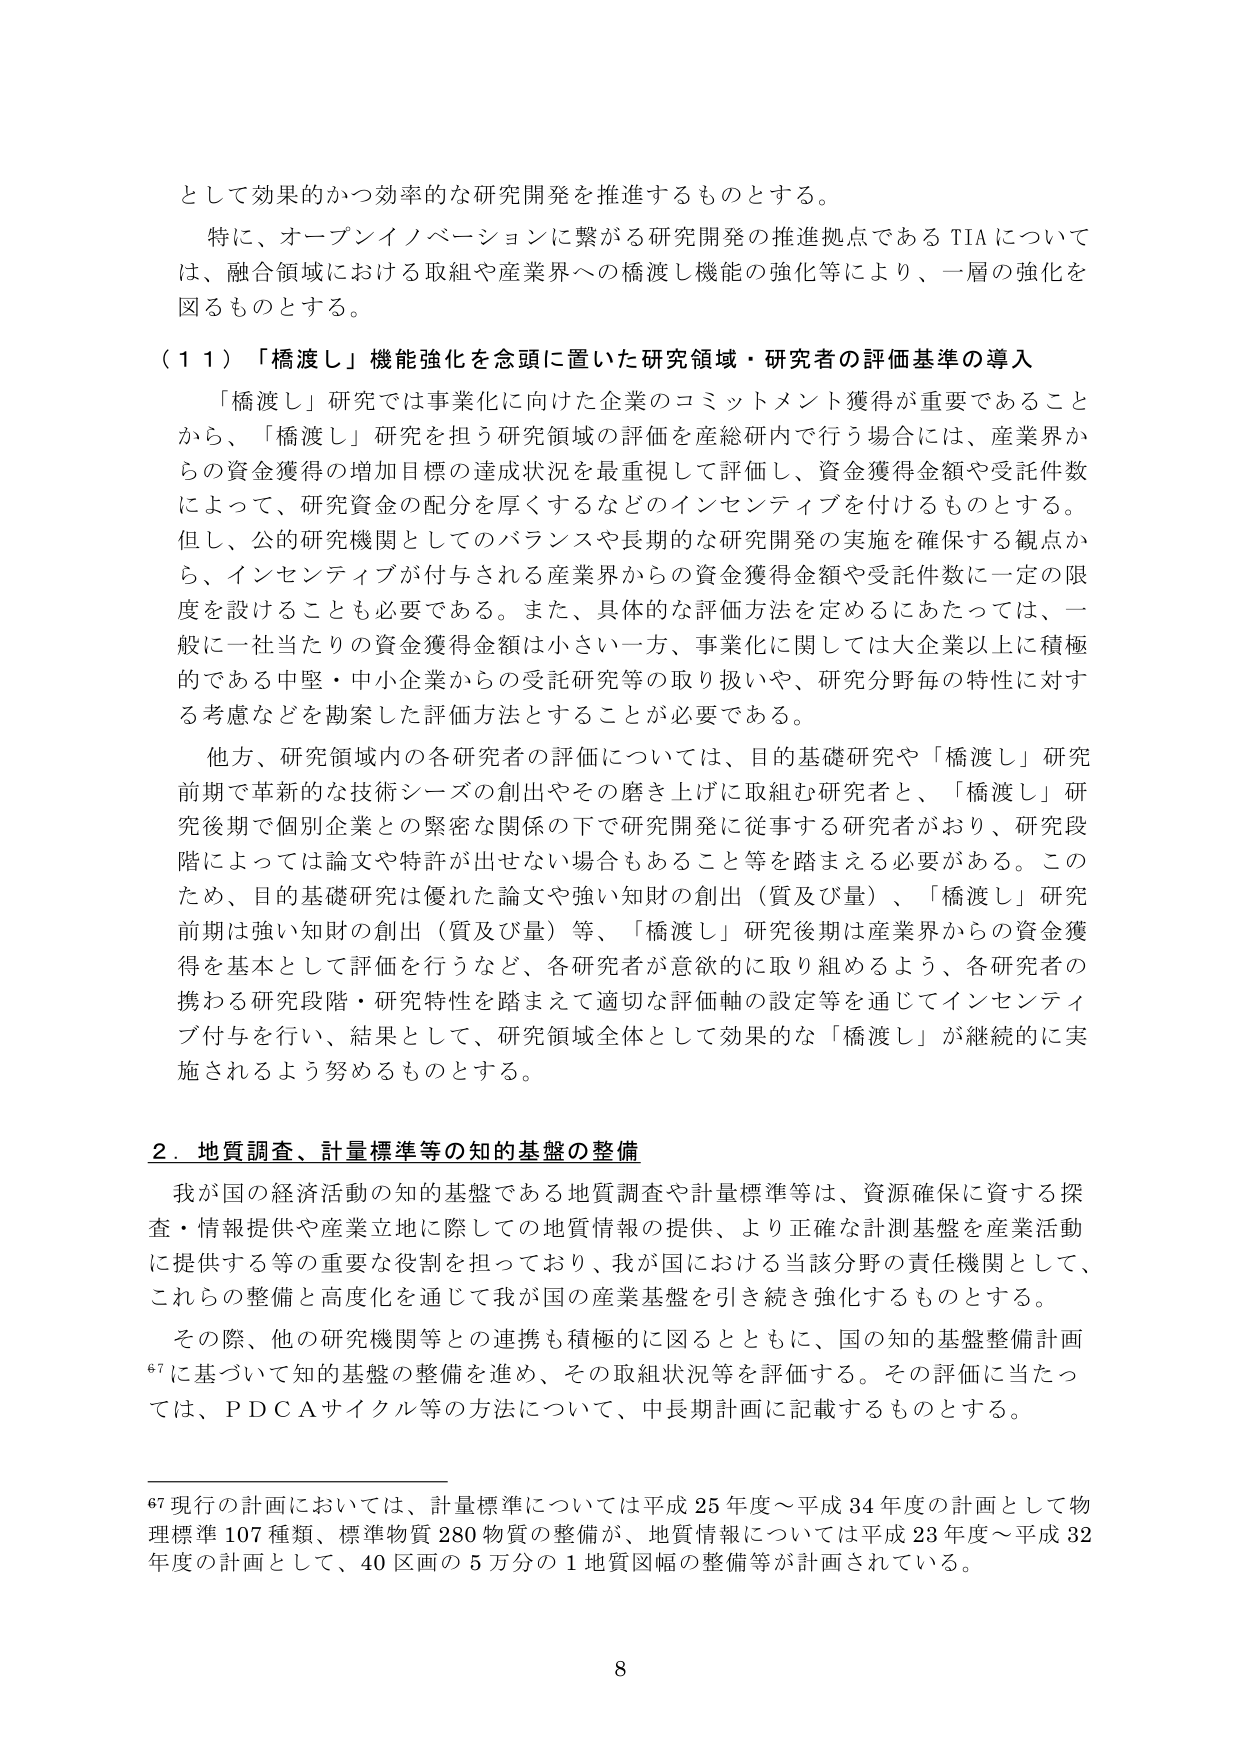
として効果的かつ効率的な研究開発を推進するものとする。

特に、オープンイノベーションに繋がる研究開発の推進拠点であるTIAについては、融合領域における取組や産業界への橋渡し機能の強化等により、一層の強化を図るものとする。

（１１）「橋渡し」機能強化を念頭に置いた研究領域・研究者の評価基準の導入

「橋渡し」研究では事業化に向けた企業のコミットメント獲得が重要であることから、「橋渡し」研究を担う研究領域の評価を産総研内で行う場合には、産業界からの資金獲得の増加目標の達成状況を最重視して評価し、資金獲得金額や受託件数によって、研究資金の配分を厚くするなどのインセンティブを付けるものとする。但し、公的研究機関としてのバランスや長期的な研究開発の実施を確保する観点から、インセンティブが付与される産業界からの資金獲得金額や受託件数に一定の限度を設けることも必要である。また、具体的な評価方法を定めるにあたっては、一般に一社当たりの資金獲得金額は小さい一方、事業化に関しては大企業以上に積極的である中堅・中小企業からの受託研究等の取り扱いや、研究分野毎の特性に対する考慮などを勘案した評価方法とすることが必要である。

他方、研究領域内の各研究者の評価については、目的基礎研究や「橋渡し」研究前期で革新的な技術シーズの創出やその磨き上げに取組む研究者と、「橋渡し」研究後期で個別企業との緊密な関係の下で研究開発に従事する研究者がおり、研究段階によっては論文や特許が出せない場合もあること等を踏まえる必要がある。このため、目的基礎研究は優れた論文や強い知財の創出（質及び量）、「橋渡し」研究前期は強い知財の創出（質及び量）等、「橋渡し」研究後期は産業界からの資金獲得を基本として評価を行うなど、各研究者が意欲的に取り組めるよう、各研究者の携わる研究段階・研究特性を踏まえて適切な評価軸の設定等を通じてインセンティブ付与を行い、結果として、研究領域全体として効果的な「橋渡し」が継続的に実施されるよう努めるものとする。

２．地質調査、計量標準等の知的基盤の整備

我が国の経済活動の知的基盤である地質調査や計量標準等は、資源確保に資する探査・情報提供や産業立地に際しての地質情報の提供、より正確な計測基盤を産業活動に提供する等の重要な役割を担っており、我が国における当該分野の責任機関として、これらの整備と高度化を通じて我が国の産業基盤を引き続き強化するものとする。

その際、他の研究機関等との連携も積極的に図るとともに、国の知的基盤整備計画⁶⁷に基づいて知的基盤の整備を進め、その取組状況等を評価する。その評価に当たっては、ＰＤＣＡサイクル等の方法について、中長期計画に記載するものとする。

⁶⁷ 現行の計画においては、計量標準については平成25年度～平成34年度の計画として物理標準107種類、標準物質280物質の整備が、地質情報については平成23年度～平成32年度の計画として、40区画の5万分の1地質図幅の整備等が計画されている。

8